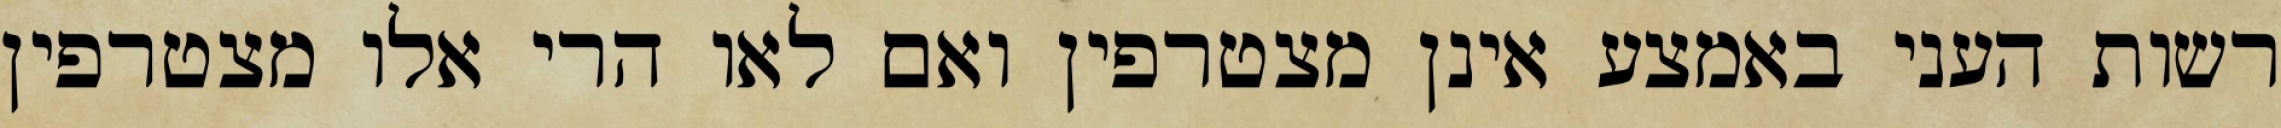
רשות העני באמצע אינן מצטרפין ואם לאו הרי אלו מצטרפין